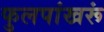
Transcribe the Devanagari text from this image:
फुलपांखरूं